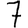
Digit: 7